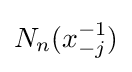
N_{n}(x_{-j}^{-1})